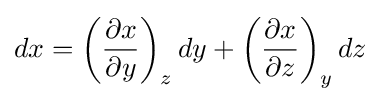
dx={\left({\frac {\partial x}{\partial y}}\right)}_{z}\,dy+{\left({\frac {\partial x}{\partial z}}\right)}_{y}\,dz